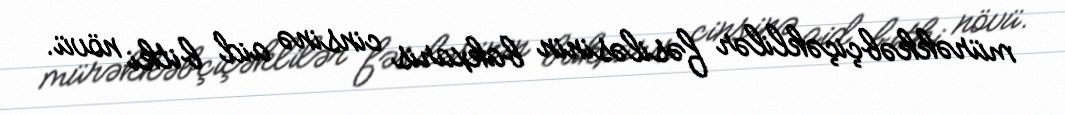
mürəkkəbçiçəklilər fəsiləsinin bakxaris cinsinə aid bitki növü.